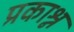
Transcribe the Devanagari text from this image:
प्रकाश्न